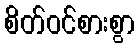
စိတ်ဝင်စားစွာ